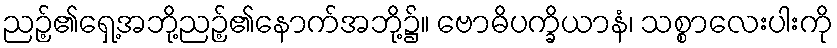
ညဉ့်၏ရှေ့အဘို့ညဉ့်၏နောက်အဘို့၌။ ဗောဓိပက္ခိယာနံ၊ သစ္စာလေးပါးကို